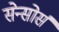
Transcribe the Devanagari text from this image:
सेन्सोर्स